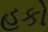
હકો